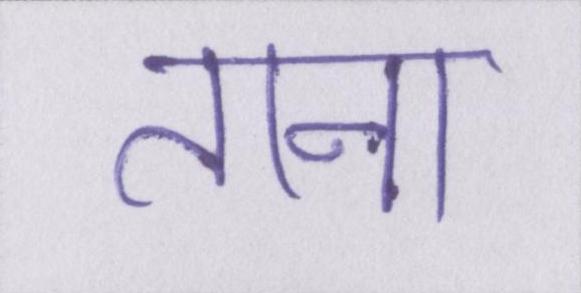
ताना